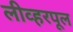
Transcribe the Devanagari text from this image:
लीव्हरपूल